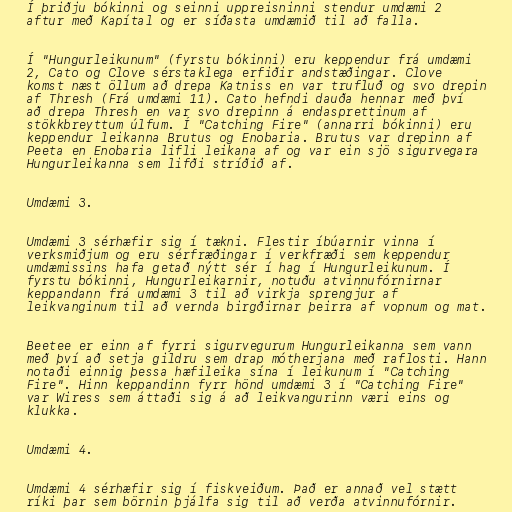
Í þriðju bókinni og seinni uppreisninni stendur umdæmi 2
aftur með Kapítal og er síðasta umdæmið til að falla.

Í "Hungurleikunum" (fyrstu bókinni) eru keppendur frá umdæmi
2, Cato og Clove sérstaklega erfiðir andstæðingar. Clove
komst næst öllum að drepa Katniss en var trufluð og svo drepin
af Thresh (Frá umdæmi 11). Cato hefndi dauða hennar með því
að drepa Thresh en var svo drepinn á endasprettinum af
stökkbreyttum úlfum. Í "Catching Fire" (annarri bókinni) eru
keppendur leikanna Brutus og Enobaria. Brutus var drepinn af
Peeta en Enobaria lifli leikana af og var ein sjö sigurvegara
Hungurleikanna sem lifði stríðið af.

Umdæmi 3.

Umdæmi 3 sérhæfir sig í tækni. Flestir íbúarnir vinna í
verksmiðjum og eru sérfræðingar í verkfræði sem keppendur
umdæmissins hafa getað nýtt sér í hag í Hungurleikunum. Í
fyrstu bókinni, Hungurleikarnir, notuðu atvinnufórnirnar
keppandann frá umdæmi 3 til að virkja sprengjur af
leikvanginum til að vernda birgðirnar þeirra af vopnum og mat.

Beetee er einn af fyrri sigurvegurum Hungurleikanna sem vann
með því að setja gildru sem drap mótherjana með raflosti. Hann
notaði einnig þessa hæfileika sína í leikunum í "Catching
Fire". Hinn keppandinn fyrr hönd umdæmi 3 í "Catching Fire"
var Wiress sem áttaði sig á að leikvangurinn væri eins og
klukka.

Umdæmi 4.

Umdæmi 4 sérhæfir sig í fiskveiðum. Það er annað vel stætt
ríki þar sem börnin þjálfa sig til að verða atvinnufórnir.